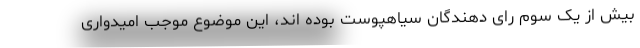
بیش از یک سوم رای دهندگان سیاهپوست بوده اند، این موضوع موجب امیدواری